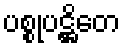
ပစ္စုပဋ္ဌိတေ